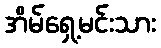
အိမ်ရှေ့မင်းသား